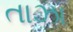
તાઝા